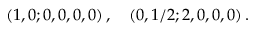
( 1 , 0 ; 0 , 0 , 0 , 0 ) \, , \quad ( 0 , 1 / 2 ; 2 , 0 , 0 , 0 ) \, .